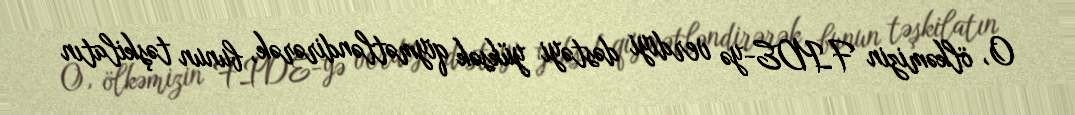
O, ölkəmizin FIDE-yə verdiyi dəstəyi yüksək qiymətləndirərək, bunun təşkilatın